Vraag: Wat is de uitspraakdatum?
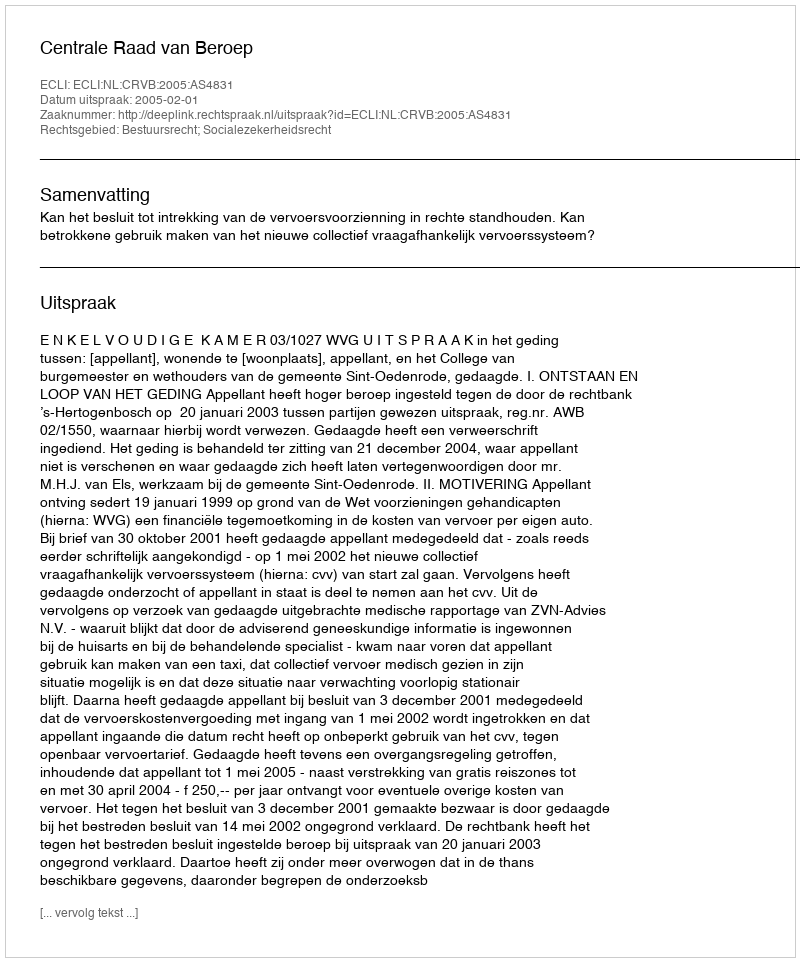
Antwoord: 2005-02-01